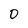
Character: 0